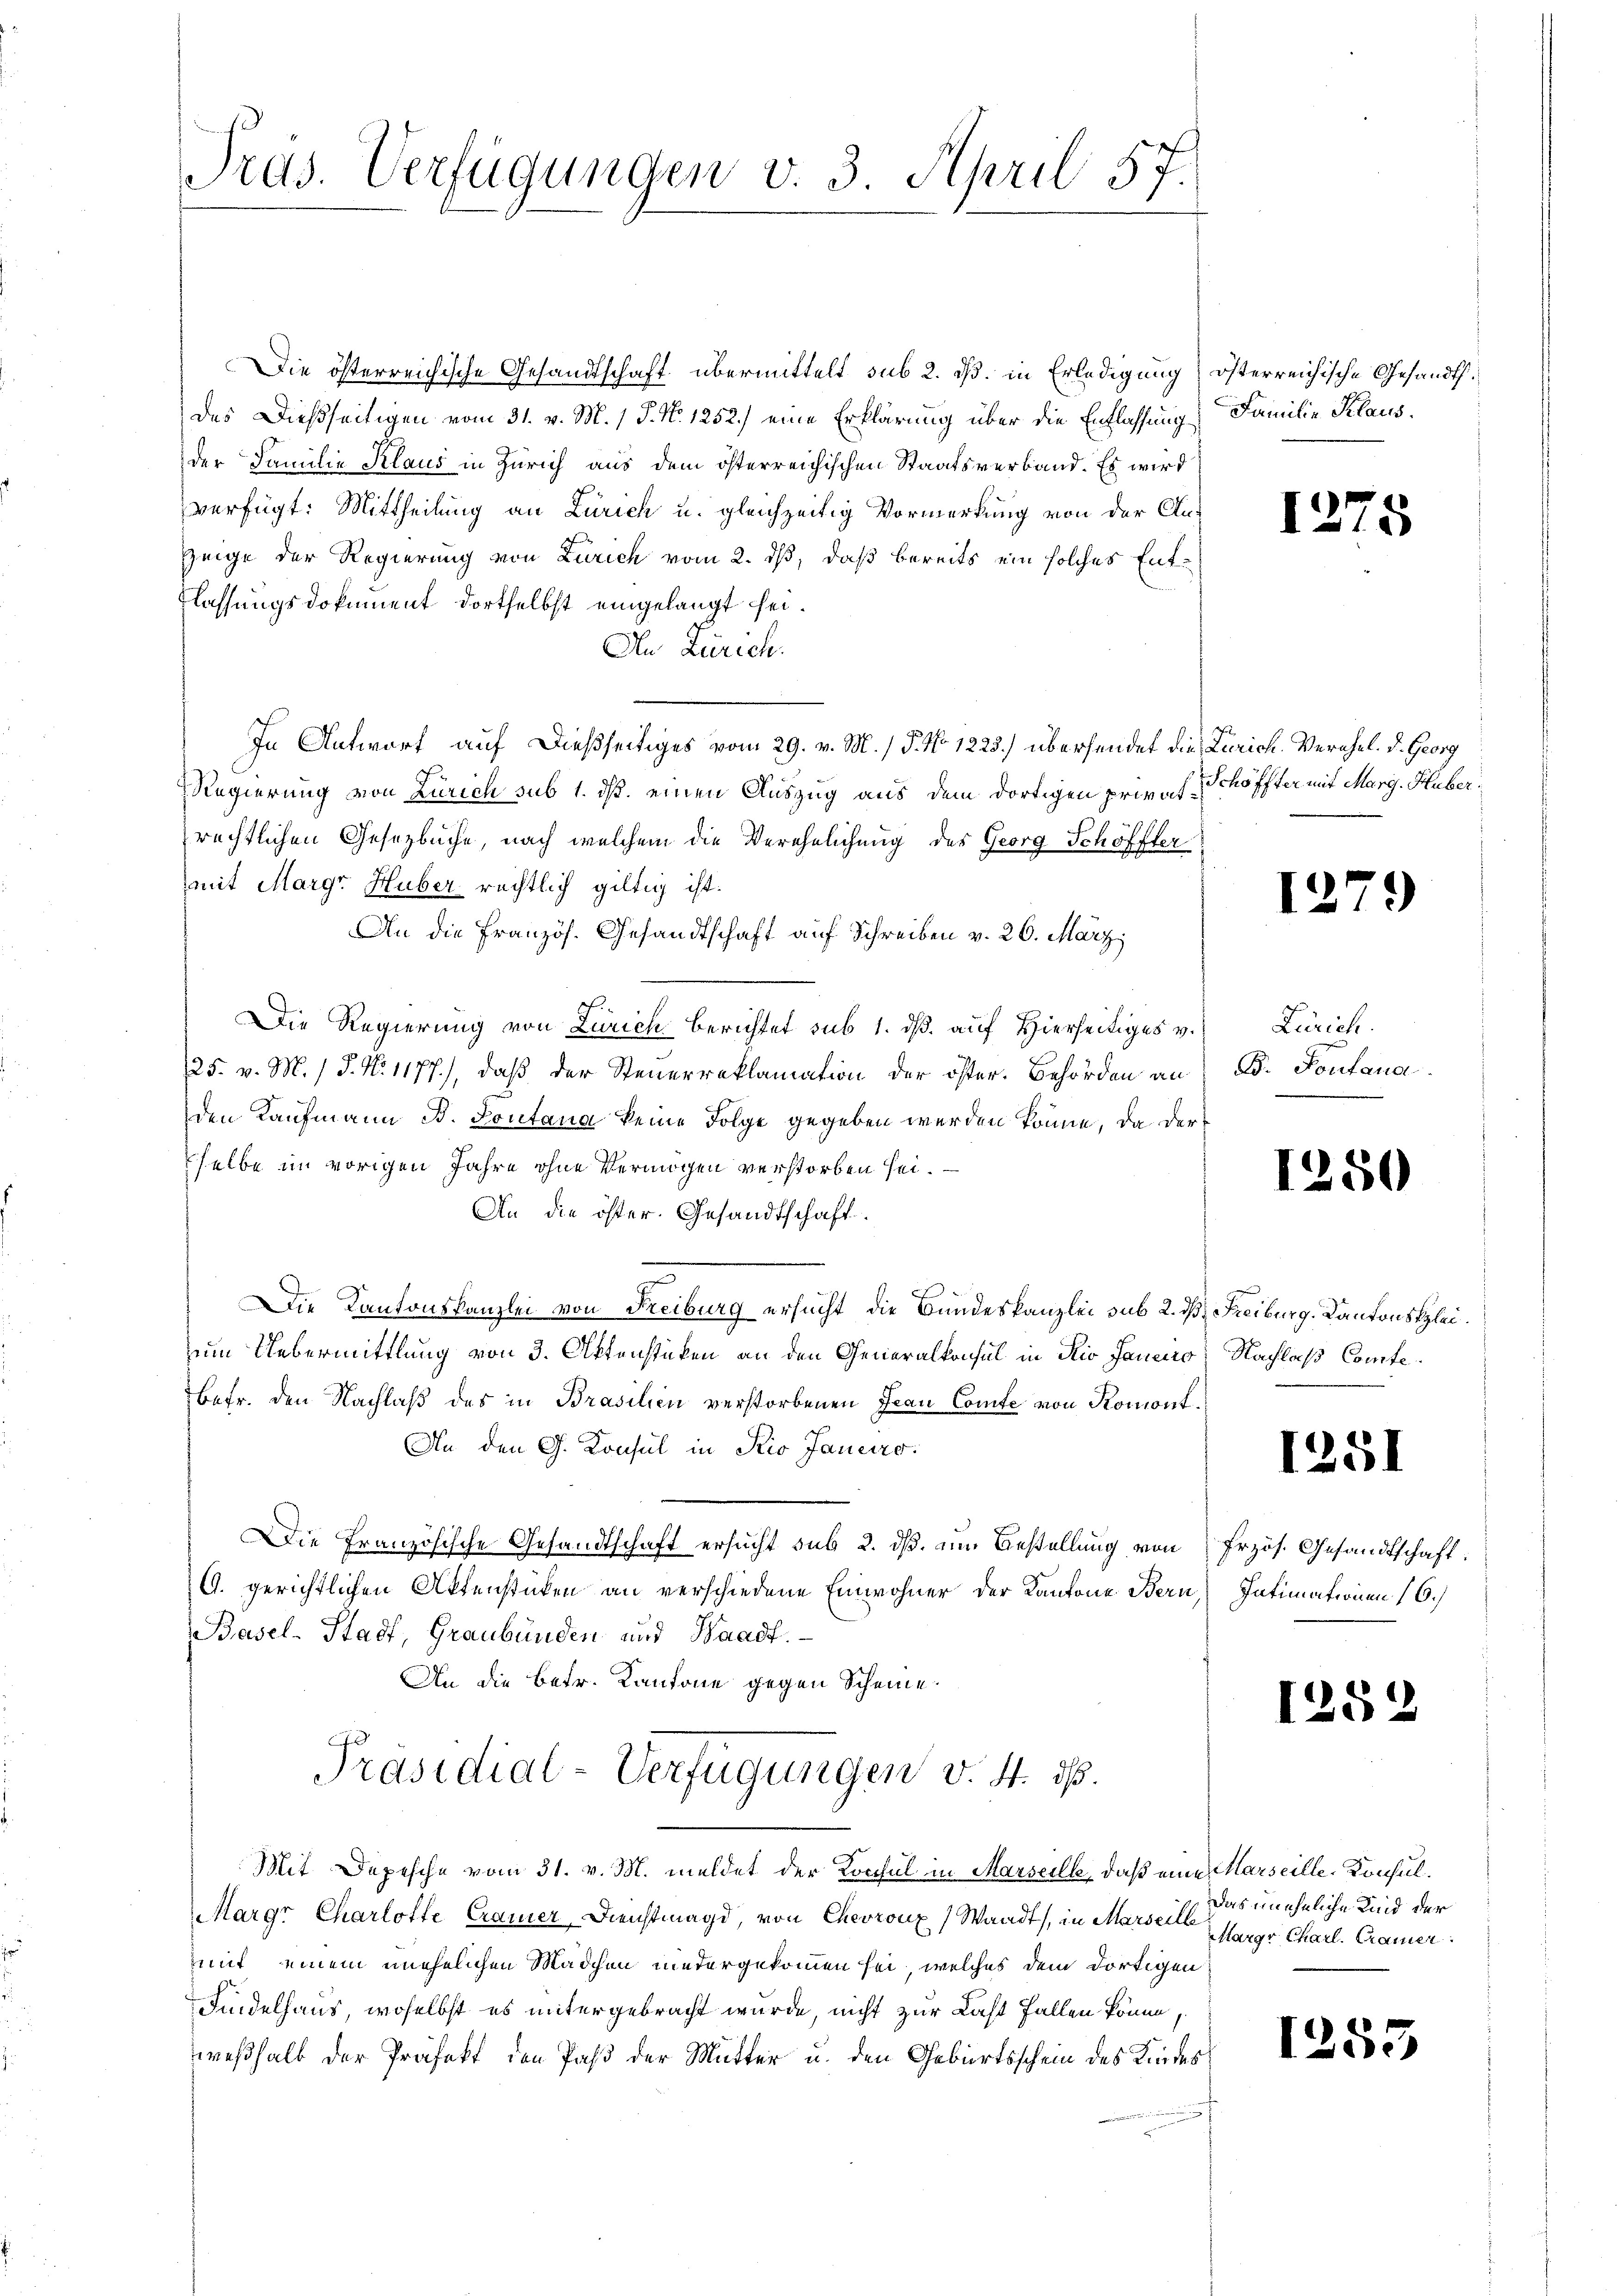
Tras. Verfügungen v. 3. April 57.

Die österreichische Gesandtschaft übermittelt sub 2. ds. in Erledigung österreichische Gesandtdes Dießseitigen vom 31. v. M. 1 P. Nr. 1252) eine Erklärung über die Entlassung, Familie Klausder Familie Klaus in Zürich aus dem österreichischen Staatsverband. Es wird
verfügt: Mittheilung an Zürich u. gleichzeitig Vormerkung von der An-
Zeige der Regierung von Zürich vom 2. dß, daß bereits ein solches Entlassungsdokument dortselbst eingelangt sei.
An Zürich.
In Antworf auf dießseitiges vom 29. v. M. / 5. No 1223.) übersendet die Zürich. Verehel. D. Georg
Regierung von Zürich sub 1. ds. einen Auszug aus dem dortigen priv. f. Schöffter mit Marg. Huber,
rechtlichen Gesetzbuche, nach welchem die Verehelichung des Georg Schöffter
mit Margr Huber rechtlich giltig ist.
An die Französ. Gesandtschaft auf Schreiben v. 26. März
Die Regierung von Zürich berichtet sub 1. ds. auf Hierseitiges v.
25. v. M. / P. Nr. 1177), daß der Steuerreklamation der öster. Behörden an
den Kaufmann B. Pontana keine Folge gegeben werden könne, da derselbe im vorigen Jahre ohne Vermögen verstorben sei.
An die öster. Gesandtschaft.
7
Die Kantonskanzlei von Freiburg ersucht, die Bundeskanzlei sub 2. d. Freiburg, Kantonskleizum Uebermittlung von 3. Ottenstücken an den Generalkonsul in die Janmno; Nachlaß Comte¬
Befr. den Nachlaß des in Brasilien verstorbenen Frau Comte von Romont.
An den G. Konsul in Rio Janeiro
Die Französische Gesandtschaft ersucht sub 2. ds. im Bestellung von Przös. Gesandtschaft.
A. gerichtlichen Aktenstücken an verschiedene Einwohner der Kantone Bern, Intimationen 16.
Basel-Stadt, Graubünden und Waadt.
An die Betr. Kantone gegen Scheine.
Präsidial-Verfügungen v. 4. ds.
Mit Depesche vom 31. v. M. meldet der Konsul in Marseille, daß eine Marseille-Konsul¬
Margr Charlotte Cramer, Dienstmagd, von Chevronx (Waadt, in Marser urgr Charl. Cramer
mit einem unehelichen Mädchen niedergekommen sei, welches dem dortigen
Findelhaus, woselbst es untergebracht wurde, nicht zur Last fallen könne,
weßhalb der Präfekt den Paß der Mutter u. den Geburtsschein des Kindes

1275

1279)

Zürich.
B. Fontana

1250

1251

1252

Das uneheliche Kind der

1253